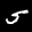
Label: 5